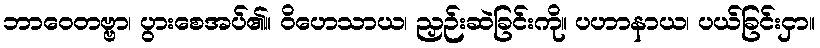
ဘာဝေတဗ္ဗာ၊ ပွားစေအပ်၏။ ဝိဟေသာယ၊ ညှဉ်းဆဲခြင်းကို။ ပဟာနာယ၊ ပယ်ခြင်းငှာ။